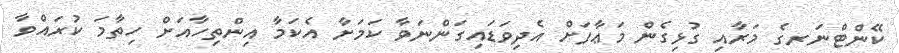
ކޭންޓްނަރގެ މަރާއި ގުޅިގެން މަޢާފަށް އެދިވަޑައިގަންނަވާ ކަމަށާ އެކަމާ އިންތިހާއަށް ހިތާމަ ކުރައްވާ